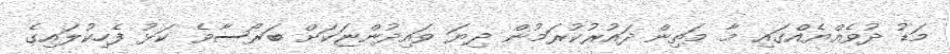
މަޑު ދުވެއްޔެއްގައި މާ މަތިން ދައުރުކުރަމުން ދިޔަ ވައިދުންޏަކަށް ބަރޯސާވެ ކަޅު ފެހިކުލައިގެ